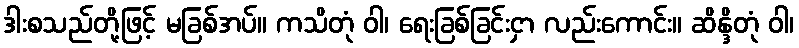
ဒါးစသည်တို့ဖြင့် မခြစ်အပ်။ ကသိတုံ ဝါ၊ ရေးခြစ်ခြင်းငှာ လည်းကောင်း။ ဆိန္ဒိတုံ ဝါ၊